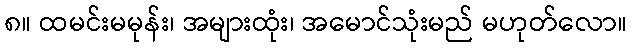
၈။ ထမင်းမမုန်း၊ အများထုံး၊ အမောင်သုံးမည် မဟုတ်လော။